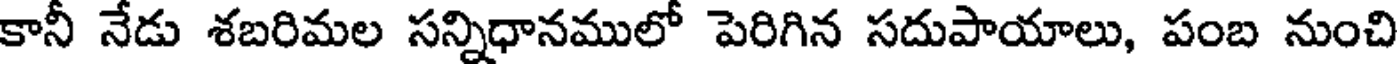
కానీ నేడు శబరిమల సన్నిధానములో పెరిగిన సదుపాయాలు, పంబ నుంచి